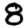
Digit: 8